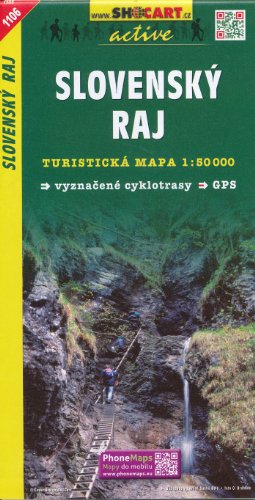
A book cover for Slovak Paradise - Slovensky Raj (Slovakia) 1:50,000 Hiking Map, GPS-compatible; ShoCart; Travel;